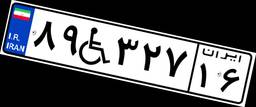
۷۰W۲۸۱۶۸